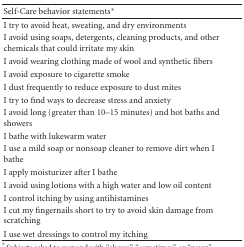
| Self-Care behavior statements* |  |
 | --- | --- |
 | I try to avoid heat, sweating, and dry environments |  |
 | I avoid using soaps, detergents, cleaning products, and other chemicals that could irritate my skin |  |
 | I avoid wearing clothing made of wool and synthetic fibers |  |
 | I avoid exposure to cigarette smoke |  |
 | I dust frequently to reduce exposure to dust mites |  |
 | I try to find ways to decrease stress and anxiety |  |
 | I avoid long (greater than 10–15 minutes) and hot baths and showers |  |
 | I bathe with lukewarm water |  |
 | I use a mild soap or nonsoap cleaner to remove dirt when I bathe |  |
 | I apply moisturizer after I bathe |  |
 | I avoid using lotions with a high water and low oil content |  |
 | I control itching by using antihistamines |  |
 | I cut my fingernails short to try to avoid skin damage from scratching |  |
 | I use wet dressings to control my itching |  |